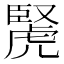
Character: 𧇜